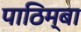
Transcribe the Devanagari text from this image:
पाठिम्बा